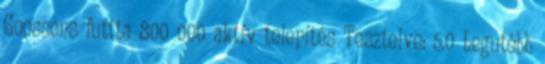
Goossens futtta 800 000 aktív telepítés Tesztelve: 5.0 Legutóbb